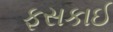
ફસકાઈ